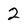
Character: 2